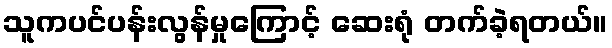
သူကပင်ပန်းလွန်မှုကြောင့် ဆေးရုံ တက်ခဲ့ရတယ်။